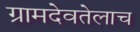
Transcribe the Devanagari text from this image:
ग्रामदेवतेलाच